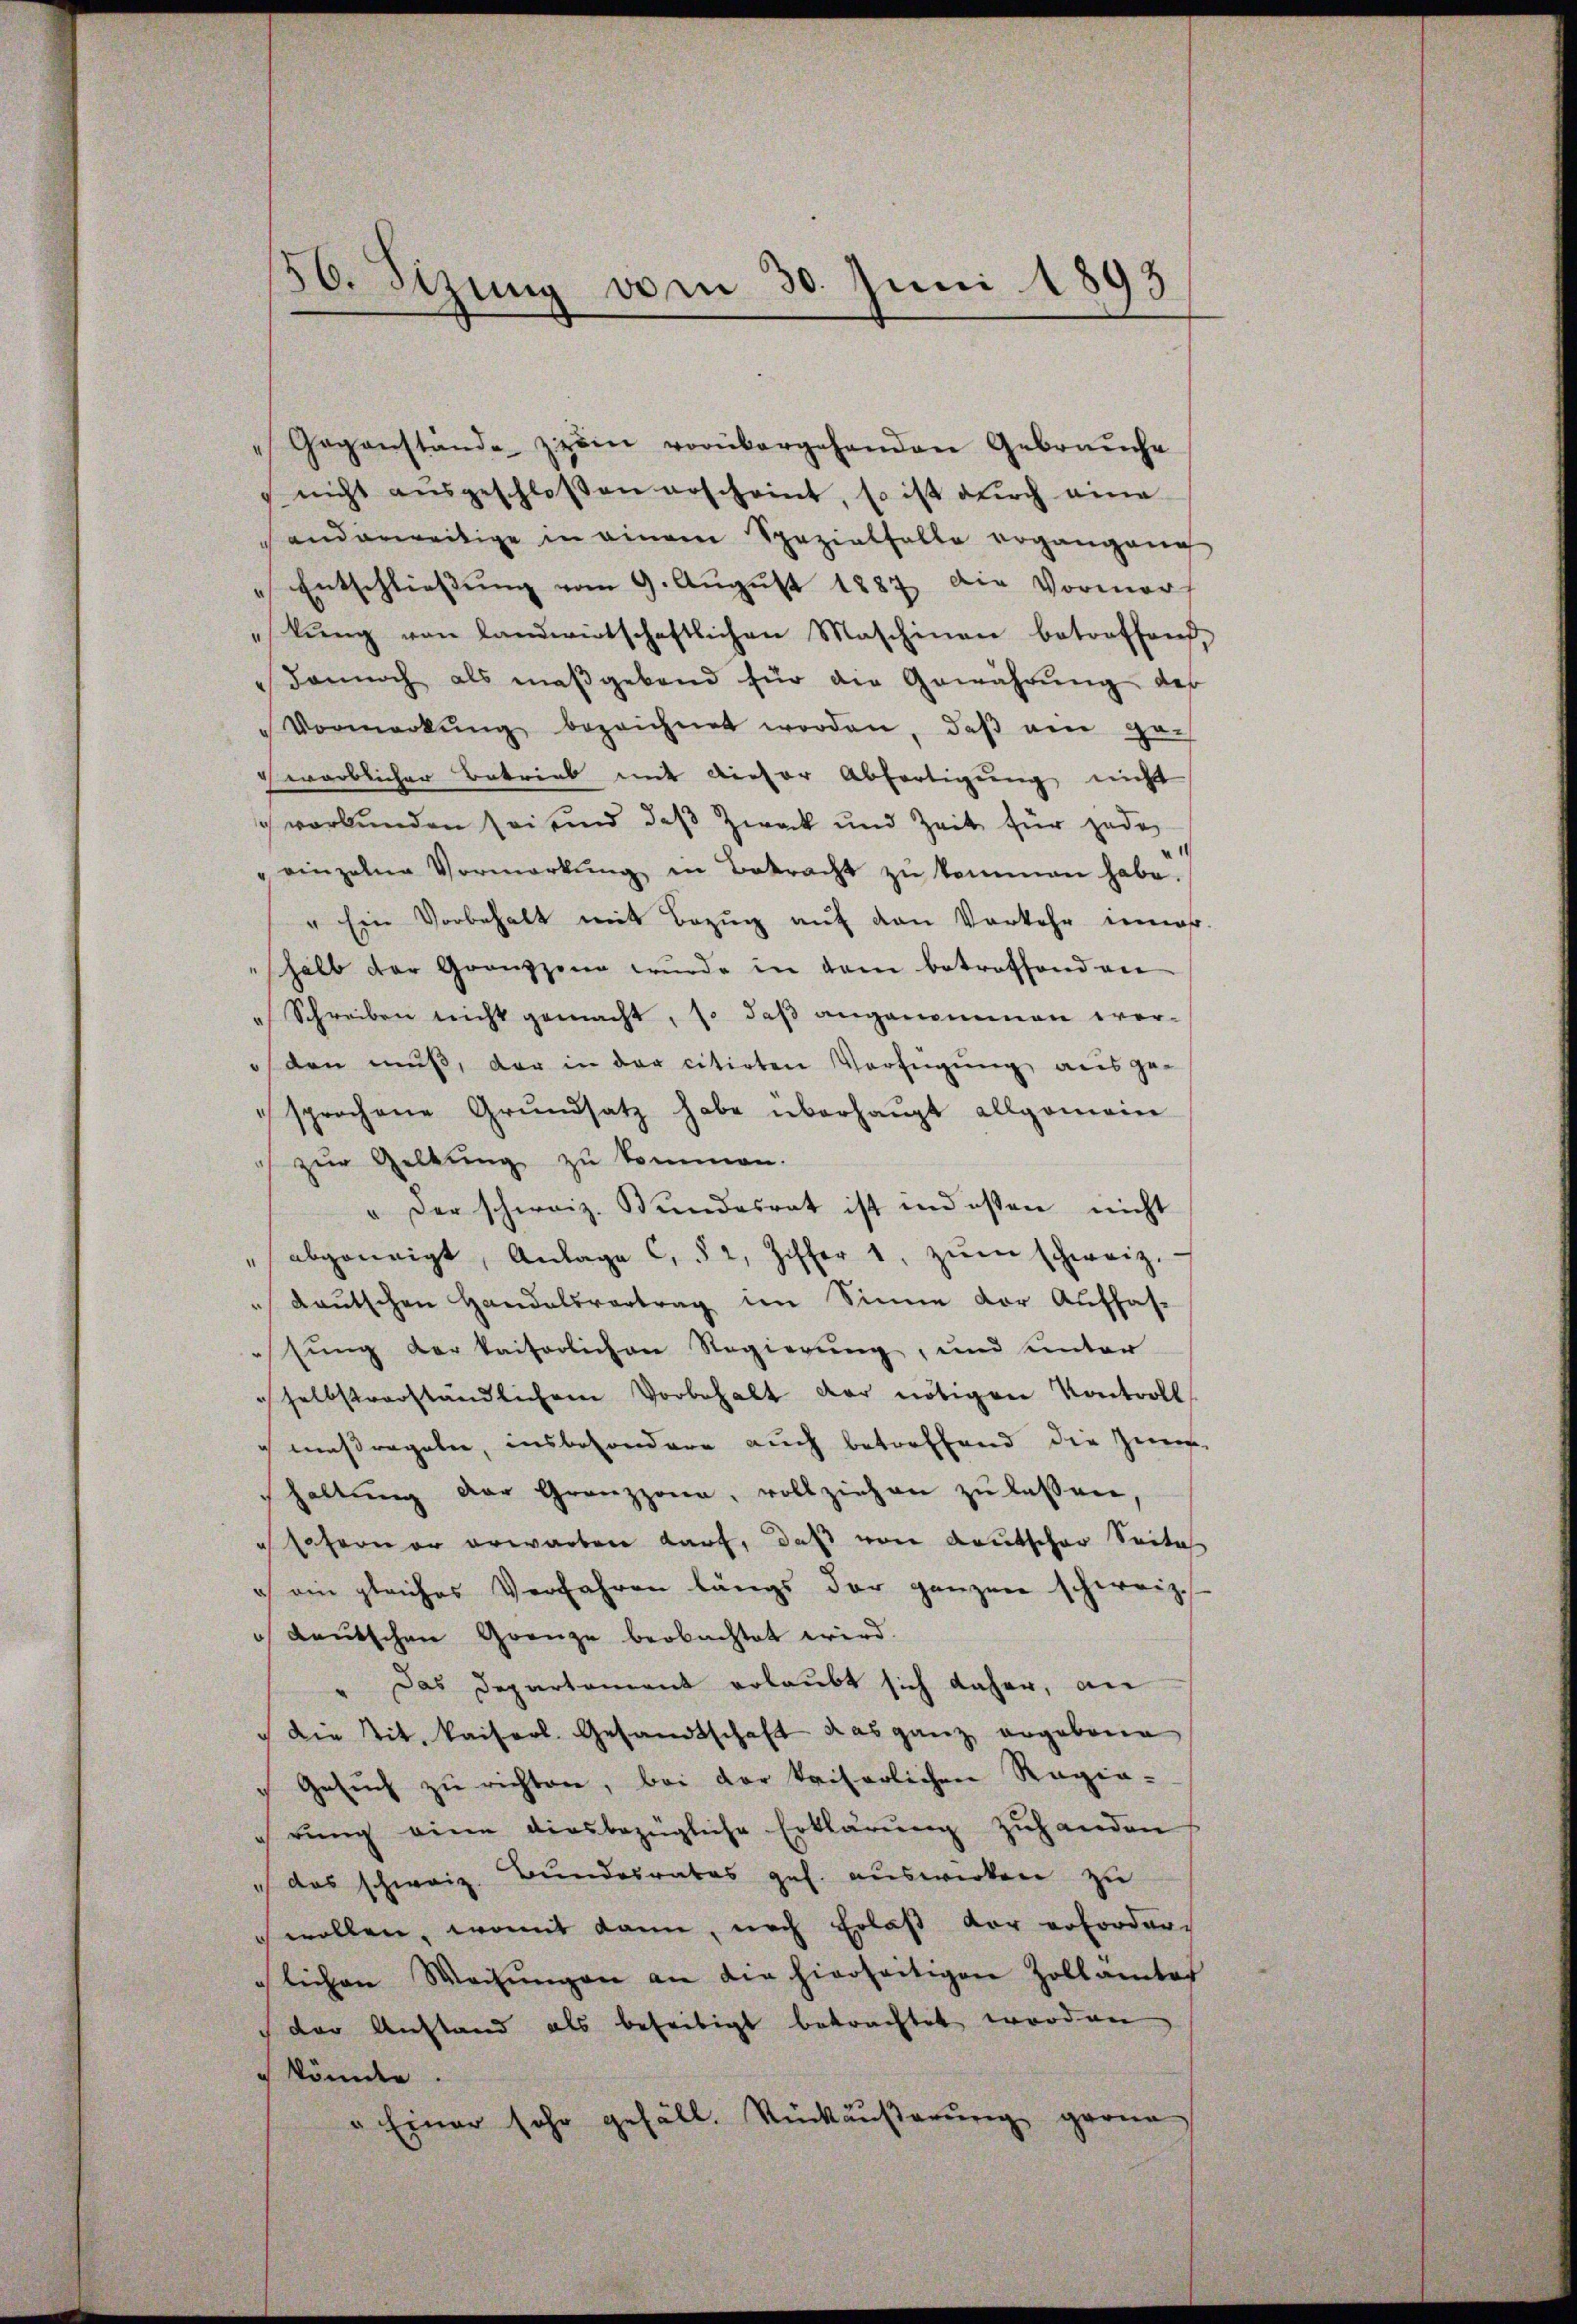
56. Sizung vom 30. Juni 1893

"Gegenstände zwei vorübergehenden Gebrauche
nicht aŭsgeschloßen erscheint, so ist durch eine
anderweitige in einem Spezialfalle ergängene
 Entschließung vom 9. August 1887 die Vormerf
lŭng von landwirtschaftlichen Maschinen betroffend,
dannoch als maßgebend für die Gewährŭng der
"Vormerkŭng bezeichnet worden, daß am gewärblicher Betrieb mit dieser Abfertigung nicht
ch verbunden sei und das Zweck und Zeit für jede
" einzelne Vormerkŭng in Betracht zŭ kommen habe.
" Ein Vorbehalt mit Bezŭg aŭf den Vorkehr uns.
halb der Grauzzen wurde in dem betroffend an
" Schreiben nicht gemacht, so daß angenommen weroden muß, der in der citirten Verfügung ausgesprochene Grŭndsatz habe überhaŭpt allgemein
zur Geltung zu kommen.
" der schweiz. Bundesrat ist indesten nicht
" abgeneigt, Anlage C. § 2, Ziffer 1, zŭm schweiz.
 deutschen Handelsvertrag im Sinne der Auffas-
sung der kaiserlichen Regierung, und unter
selbstverständlichem Vorbehalt der nötigen Kontroll
maßregeln, insbesondere auch betreffend die Zu-
haltŭng der Grenzzona, vollziehen zŭ lassen,
soferner erwarten Kauf, daß von deutscher Seite
c ein gleiches Verfahren langs der ganzen schweiz.
 deutschen Grenze beobachtet wird.
Das Departement erlaubt sich daher, an
 Die tit. kaiserl. Gesandtschaft das ganz argebene
Gesuch zu richten, bei der kaiserlichen Ragia-
rŭng eine diesbezügliche Erklärŭng zŭ handen
" das schweiz. Bundesrates ges. auswirken zu
 wollen, womit kann, nach Erlaß der erforderlichen Weisŭngen an die hierseitigen Zollamtes
der Anstand als beseitigt betrachtet worden
 könnte.
" Einer sehr gefäll. Rückäußerung gerne